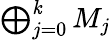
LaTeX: \textstyle\bigoplus_{j=0}^{\mathit{k}}M_{j}